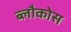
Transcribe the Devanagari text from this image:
ब्लौकोस